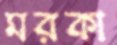
মরকা